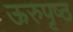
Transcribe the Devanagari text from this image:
ऊरुपृष्ठ